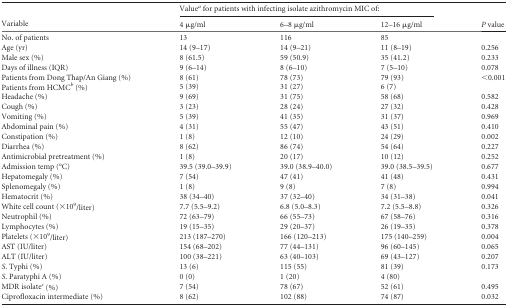
<table><thead><tr><td rowspan="2"><b>Variable</b></td><td colspan="3"><b>Value<sup><i>a</i></sup> for patients with infecting isolate azithromycin MIC of:</b></td><td rowspan="2"><b><i>P</i> value</b></td></tr><tr><td><b>4 μg/ml</b></td><td><b>6–8 μg/ml</b></td><td><b>12–16 μg/ml</b></td></tr></thead><tbody><tr><td>No. of patients</td><td>13</td><td>116</td><td>85</td><td></td></tr><tr><td>Age (yr)</td><td>14 (9–17)</td><td>14 (9–21)</td><td>11 (8–19)</td><td>0.256</td></tr><tr><td>Male sex (%)</td><td>8 (61.5)</td><td>59 (50.9)</td><td>35 (41.2)</td><td>0.233</td></tr><tr><td>Days of illness (IQR)</td><td>9 (6–14)</td><td>8 (6–10)</td><td>7 (5–10)</td><td>0.078</td></tr><tr><td>Patients from Dong Thap/An Giang (%)</td><td>8 (61)</td><td>78 (73)</td><td>79 (93)</td><td>&lt;0.001</td></tr><tr><td>Patients from HCMC<sup><i>b</i></sup> (%)</td><td>5 (39)</td><td>31 (27)</td><td>6 (7)</td><td></td></tr><tr><td>Headache (%)</td><td>9 (69)</td><td>31 (75)</td><td>58 (68)</td><td>0.582</td></tr><tr><td>Cough (%)</td><td>3 (23)</td><td>28 (24)</td><td>27 (32)</td><td>0.428</td></tr><tr><td>Vomiting (%)</td><td>5 (39)</td><td>41 (35)</td><td>31 (37)</td><td>0.969</td></tr><tr><td>Abdominal pain (%)</td><td>4 (31)</td><td>55 (47)</td><td>43 (51)</td><td>0.410</td></tr><tr><td>Constipation (%)</td><td>1 (8)</td><td>12 (10)</td><td>24 (29)</td><td>0.002</td></tr><tr><td>Diarrhea (%)</td><td>8 (62)</td><td>86 (74)</td><td>54 (64)</td><td>0.227</td></tr><tr><td>Antimicrobial pretreatment (%)</td><td>1 (8)</td><td>20 (17)</td><td>10 (12)</td><td>0.252</td></tr><tr><td>Admission temp (°C)</td><td>39.5 (39.0–39.9)</td><td>39.0 (38.9–40.0)</td><td>39.0 (38.5–39.5)</td><td>0.677</td></tr><tr><td>Hepatomegaly (%)</td><td>7 (54)</td><td>47 (41)</td><td>41 (48)</td><td>0.431</td></tr><tr><td>Splenomegaly (%)</td><td>1 (8)</td><td>9 (8)</td><td>7 (8)</td><td>0.994</td></tr><tr><td>Hematocrit (%)</td><td>38 (34–40)</td><td>37 (32–40)</td><td>34 (31–38)</td><td>0.041</td></tr><tr><td>White cell count (×10<sup>9</sup>/liter)</td><td>7.7 (5.5–9.2)</td><td>6.8 (5.0–8.3)</td><td>7.2 (5.5–8.8)</td><td>0.326</td></tr><tr><td>Neutrophil (%)</td><td>72 (63–79)</td><td>66 (55–73)</td><td>67 (58–76)</td><td>0.316</td></tr><tr><td>Lymphocytes (%)</td><td>19 (15–35)</td><td>29 (20–37)</td><td>26 (19–35)</td><td>0.378</td></tr><tr><td>Platelets (×10<sup>9</sup>/liter)</td><td>213 (187–270)</td><td>166 (120–213)</td><td>175 (140–259)</td><td>0.004</td></tr><tr><td>AST (IU/liter)</td><td>154 (68–202)</td><td>77 (44–131)</td><td>96 (60–145)</td><td>0.065</td></tr><tr><td>ALT (IU/liter)</td><td>100 (38–221)</td><td>63 (40–103)</td><td>69 (43–127)</td><td>0.207</td></tr><tr><td><i>S</i>. Typhi (%)</td><td>13 (6)</td><td>115 (55)</td><td>81 (39)</td><td>0.173</td></tr><tr><td><i>S</i>. Paratyphi A (%)</td><td>0 (0)</td><td>1 (20)</td><td>4 (80)</td><td></td></tr><tr><td>MDR isolate<sup><i>c</i></sup> (%)</td><td>7 (54)</td><td>78 (67)</td><td>52 (61)</td><td>0.495</td></tr><tr><td>Ciprofloxacin intermediate (%)</td><td>8 (62)</td><td>102 (88)</td><td>74 (87)</td><td>0.032</td></tr></tbody></table>